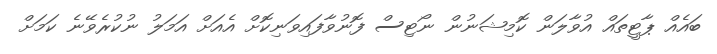
ބައެއް ޕާޓީތައް އުވާލަން ކޮމިޝަނުން ނޯޓިސް ފޮނުވާފައިވަނިކޮށް އެއަށް އަމަލު ނުކުރެވޭނެ ކަމަށް